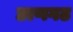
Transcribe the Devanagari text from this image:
छाणगढ